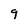
Character: 9